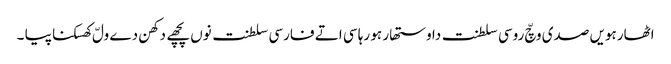
اٹھارہویں صدی وچّ روسی سلطنت دا وستھار ہو رہا سی اتے فارسی سلطنت نوں پچھے دکھن دے ولّ کھسکنا پیا ۔